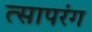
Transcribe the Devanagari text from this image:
त्सापरंग